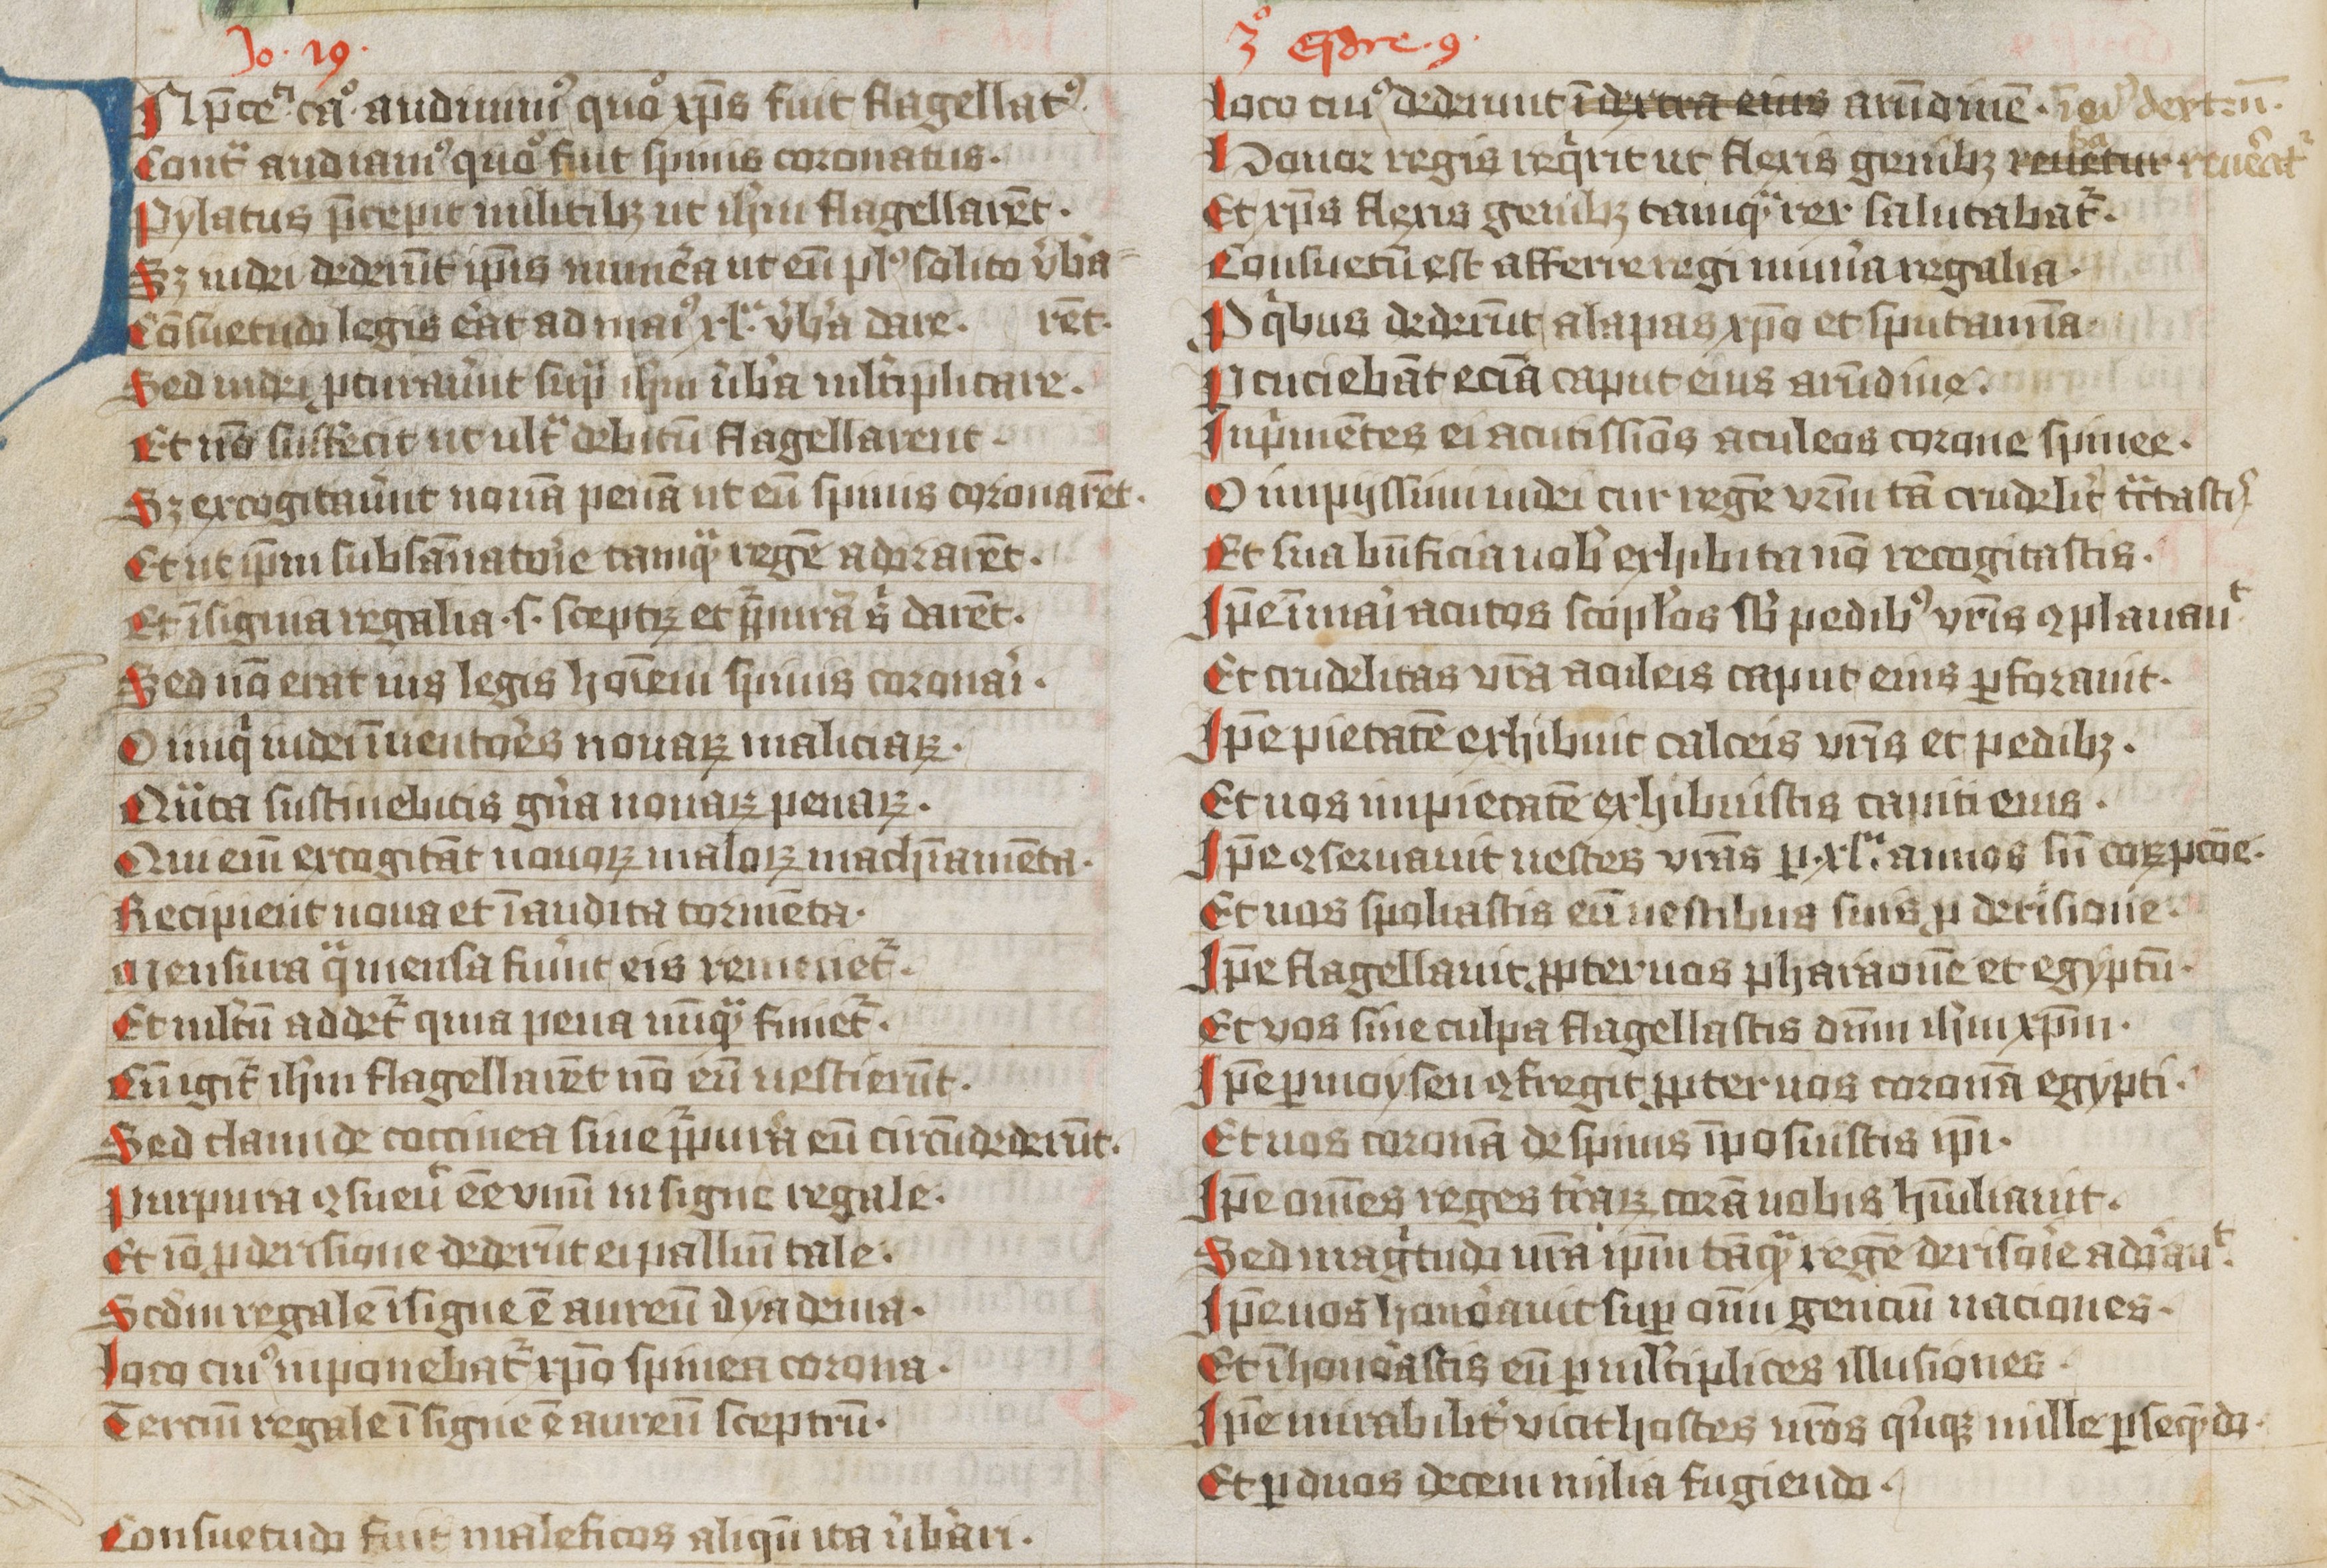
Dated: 1427–1427